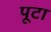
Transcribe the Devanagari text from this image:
पूटा